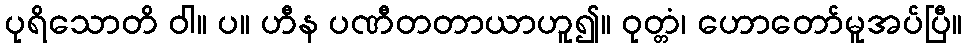
ပုရိသောတိ ဝါ။ ပ။ ဟီန ပဏီတတာယာဟူ၍။ ဝုတ္တံ၊ ဟောတော်မူအပ်ပြီ။